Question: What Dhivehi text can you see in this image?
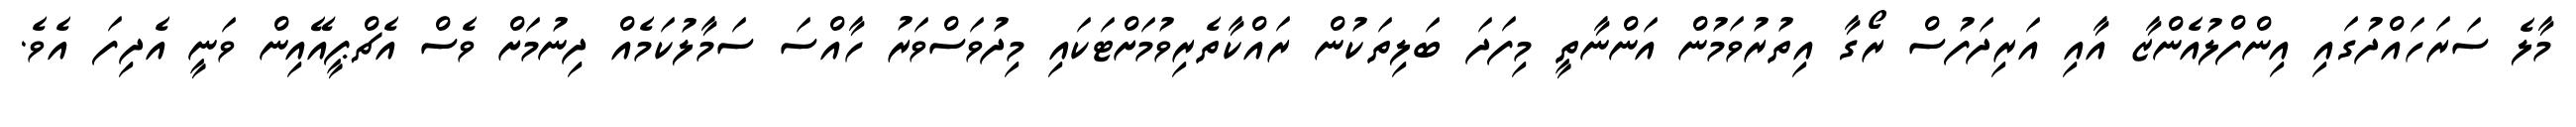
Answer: މާލެ ސަރަހައްދުގައި އިންފްލުއެންޒާ އާއި އަރިދަފުސް ރޯގާ އިތުރުވަމުން އަންނާތީ މިފަދަ ބަލިތަކުން ރައްކާތެރިވުމަށްޓަކައި މިދުވަސްވަރު ހާއްސަ ސަމާލުކަމެއް ދިނުމަށް ވެސް އެޗްޕީއޭއިން ވަނީ އެދިފަ އެވެ.